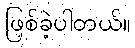
ဖြစ်ခဲ့ပါတယ်။